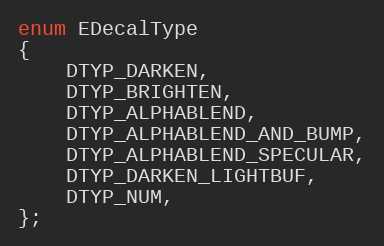
Language: C
enum EDecalType
{
	DTYP_DARKEN,
	DTYP_BRIGHTEN,
	DTYP_ALPHABLEND,
	DTYP_ALPHABLEND_AND_BUMP,
	DTYP_ALPHABLEND_SPECULAR,
	DTYP_DARKEN_LIGHTBUF,
	DTYP_NUM,
};